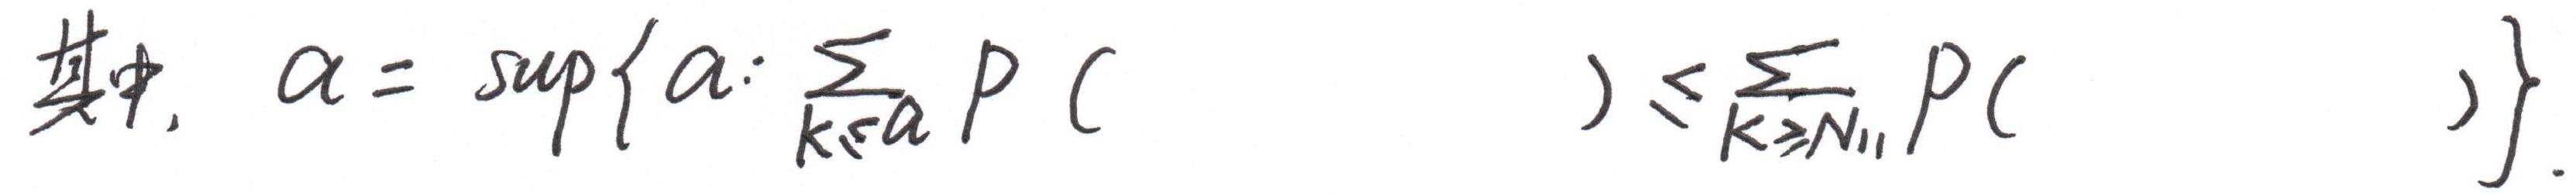
其中, $\alpha = \sup \left\{ a: \sum_{k \leq a} P(\quad) \leq \sum_{k \geq N_{11}} P(\quad) \right\}$.